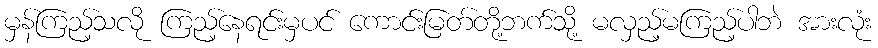
မှန်ကြည့်သလို ကြည့်နေရင်းမှပင် ကောင်းမြတ်တို့ဘက်သို့ မလှည့်မကြည့်ပါဘဲ အားလုံး